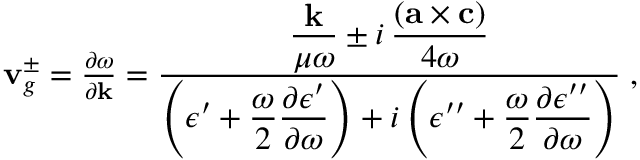
\begin{array} { r } { { \bf v } _ { g } ^ { \pm } = \frac { \partial \omega } { \partial { \bf k } } = \frac { \displaystyle \frac { { \bf k } } { \mu \omega } \pm i \, \frac { ( { \bf a \times c } ) } { 4 \omega } } { \displaystyle \left( \epsilon ^ { \prime } + \frac { \omega } { 2 } \frac { \partial \epsilon ^ { \prime } } { \partial \omega } \right) + i \left( \epsilon ^ { \prime \prime } + \frac { \omega } { 2 } \frac { \partial \epsilon ^ { \prime \prime } } { \partial \omega } \right) } \; , } \end{array}